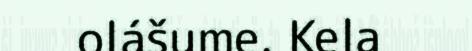
olášume. Kela